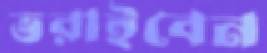
ভরাইবেন